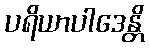
ပရိယာပါဒေန္တိ